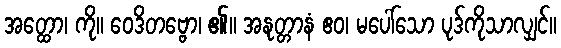
အတ္ထော၊ ကို။ ဝေဒိတဗ္ဗော၊ ၏။ အနုတ္တာနံ ဧဝ၊ မပေါ်သော ပုဒ်ကိုသာလျှင်။